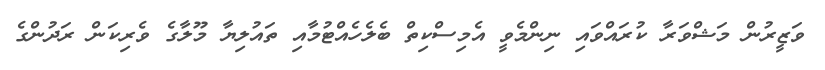
ވަޒީރުން މަޝްވަރާ ކުރައްވައި ނިންމެވީ އެމިސްކިތް ބެލެހެއްޓުމާއި ތައުލިޔާ މޫލާގެ ވެރިކަން ރަދުންގެ